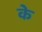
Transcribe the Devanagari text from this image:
के